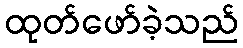
ထုတ်ဖော်ခဲ့သည်